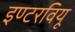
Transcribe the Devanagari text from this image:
इण्टरवियू